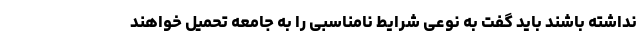
نداشته باشند باید گفت به نوعی شرایط نامناسبی را به جامعه تحمیل خواهند